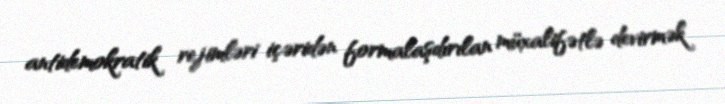
antidemokratik rejimləri içəridən formalaşdırılan müxalifətlə devirmək